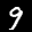
Label: 9